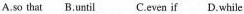
A.so that B.Until C.Even if D.While